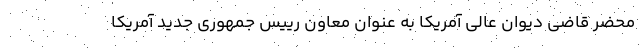
محضر قاضی دیوان عالی آمریکا به عنوان معاون رییس جمهوری جدید آمریکا